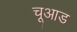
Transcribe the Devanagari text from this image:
चूआड